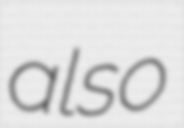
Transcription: also